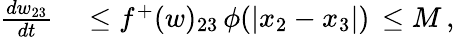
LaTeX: \begin{array}{rl}{\frac{dw_{23}}{dt}}&{{}\leq f^{+}(w)_{23}\, \phi(|x_{2}-x_{3}|)\, \leq M\, ,}\end{array}